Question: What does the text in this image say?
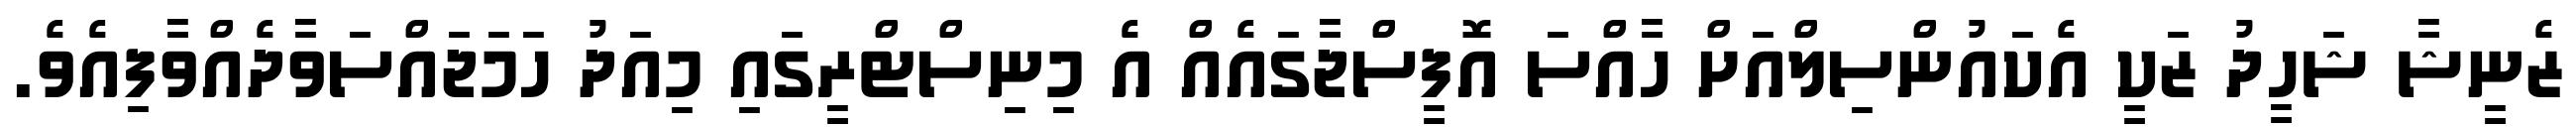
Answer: ޒެނީޝާ ޝަހީދު ޒަކީ އެކައުންސިލްއަށް ހާއްސަ އޮފީސްޖާގައެއް އެ މިނިސްޓްރީގައި މިއަދު ހަމަޖައްސަވާދެއްވާފިއެވެ.